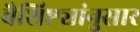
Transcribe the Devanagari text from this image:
वैशिष्ट्यांनुसार